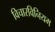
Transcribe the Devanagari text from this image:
विचारविनियम